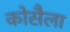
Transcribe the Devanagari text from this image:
कोसैला